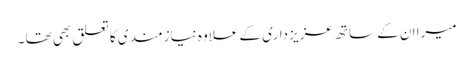
میرا ان کے ساتھ عزیز داری کے علاوہ نیازمندی کا تعلق بھی تھا ۔